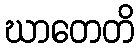
ဃာတေတိ